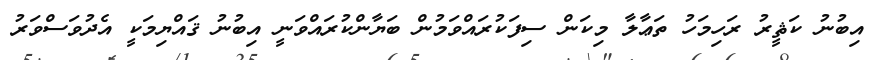
އިބުނު ކަޘީރު ރަހިމަހު ތަޢާލާ މިކަން ސިފަކުރައްވަމުން ބަޔާންކުރައްވަނީ އިބުނު ޤައްޔިމަކީ އެދުވަސްވަރު